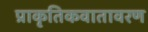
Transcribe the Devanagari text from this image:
प्राकृतिकवातावरण